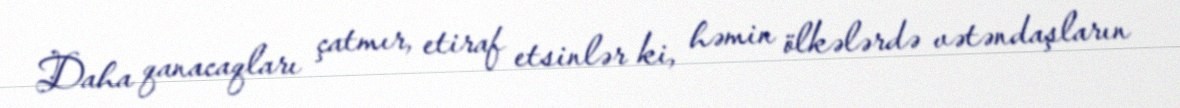
Daha qanacaqları çatmır, etiraf etsinlər ki, həmin ölkələrdə vətəndaşların